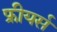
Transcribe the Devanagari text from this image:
फ्रीयर्स